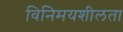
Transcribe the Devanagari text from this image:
विनिमयशीलता